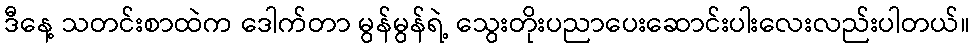
ဒီနေ့ သတင်းစာထဲက ဒေါက်တာ မွန်မွန်ရဲ့ သွေးတိုးပညာပေးဆောင်းပါးလေးလည်းပါတယ်။